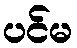
ပင်မ